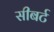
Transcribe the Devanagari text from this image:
सीबर्ट